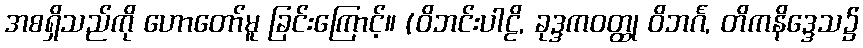
အစရှိသည်ကို ဟောတော်မူ ခြင်းကြောင့်။ (ဝိဘင်းပါဠိ, ခုဒ္ဒကဝတ္ထု ဝိဘင်္ဂ, တိကနိဒ္ဒေသ၌